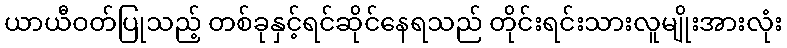
ယာယီဝတ်ပြုသည့် တစ်ခုနှင့်ရင်ဆိုင်နေရသည် တိုင်းရင်းသားလူမျိုးအားလုံး